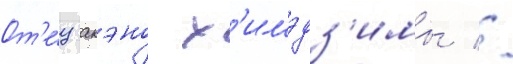
От'е́ц акэно х'имэдз'имы //